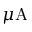
\mu \mathrm { A }